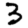
Digit: 3